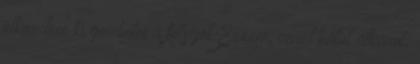
elkezdem ki gombolni a felsőjét Érzem, amint hátul átkarol,